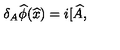
\delta _ { A } \widehat { \phi } \smallskip ( \widehat { x } ) = i [ \widehat { A } \smallskip ,